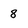
Character: 8